画像に写った文字を読んでください
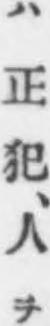
「ハ正犯、人ヲ」と書いてあります